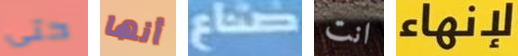
حتى أنها صناع انت لإنهاء